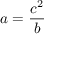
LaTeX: a = { \frac { c ^ { 2 } } { b } }